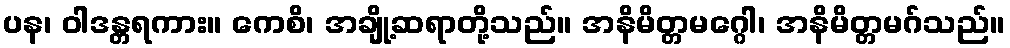
ပန၊ ဝါဒန္တရကား။ ကေစိ၊ အချို့ဆရာတို့သည်။ အနိမိတ္တမဂ္ဂေါ၊ အနိမိတ္တမဂ်သည်။